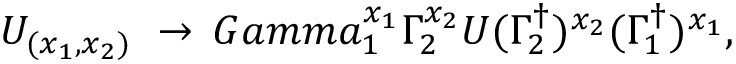
U _ { ( x _ { 1 } , x _ { 2 } ) } \ \rightarrow \, G a m m a _ { 1 } ^ { x _ { 1 } } \Gamma _ { 2 } ^ { x _ { 2 } } U ( \Gamma _ { 2 } ^ { \dag } ) ^ { x _ { 2 } } ( \Gamma _ { 1 } ^ { \dag } ) ^ { x _ { 1 } } ,